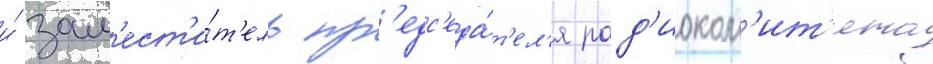
и́ зам'ест'и́т'ель пр'едс'еда́т'ел'я рад'иоком'ит'ета